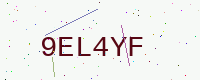
Text: 9EL4YF